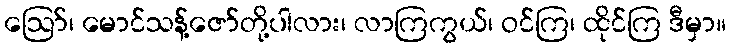
ဪ၊ မောင်သန့်ဇော်တို့ပါလား၊ လာကြကွယ်၊ ဝင်ကြ၊ ထိုင်ကြ ဒီမှာ။